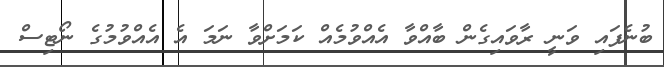
ބުނެފައި ވަނީ ރާވައިގެން ބާއްވާ އެއްވުމެއް ކަމަށްވާ ނަމަ އެ އެއްވުމުގެ ނޯޓިސް